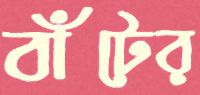
বাঁটের